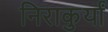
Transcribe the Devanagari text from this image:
निराकुर्यां